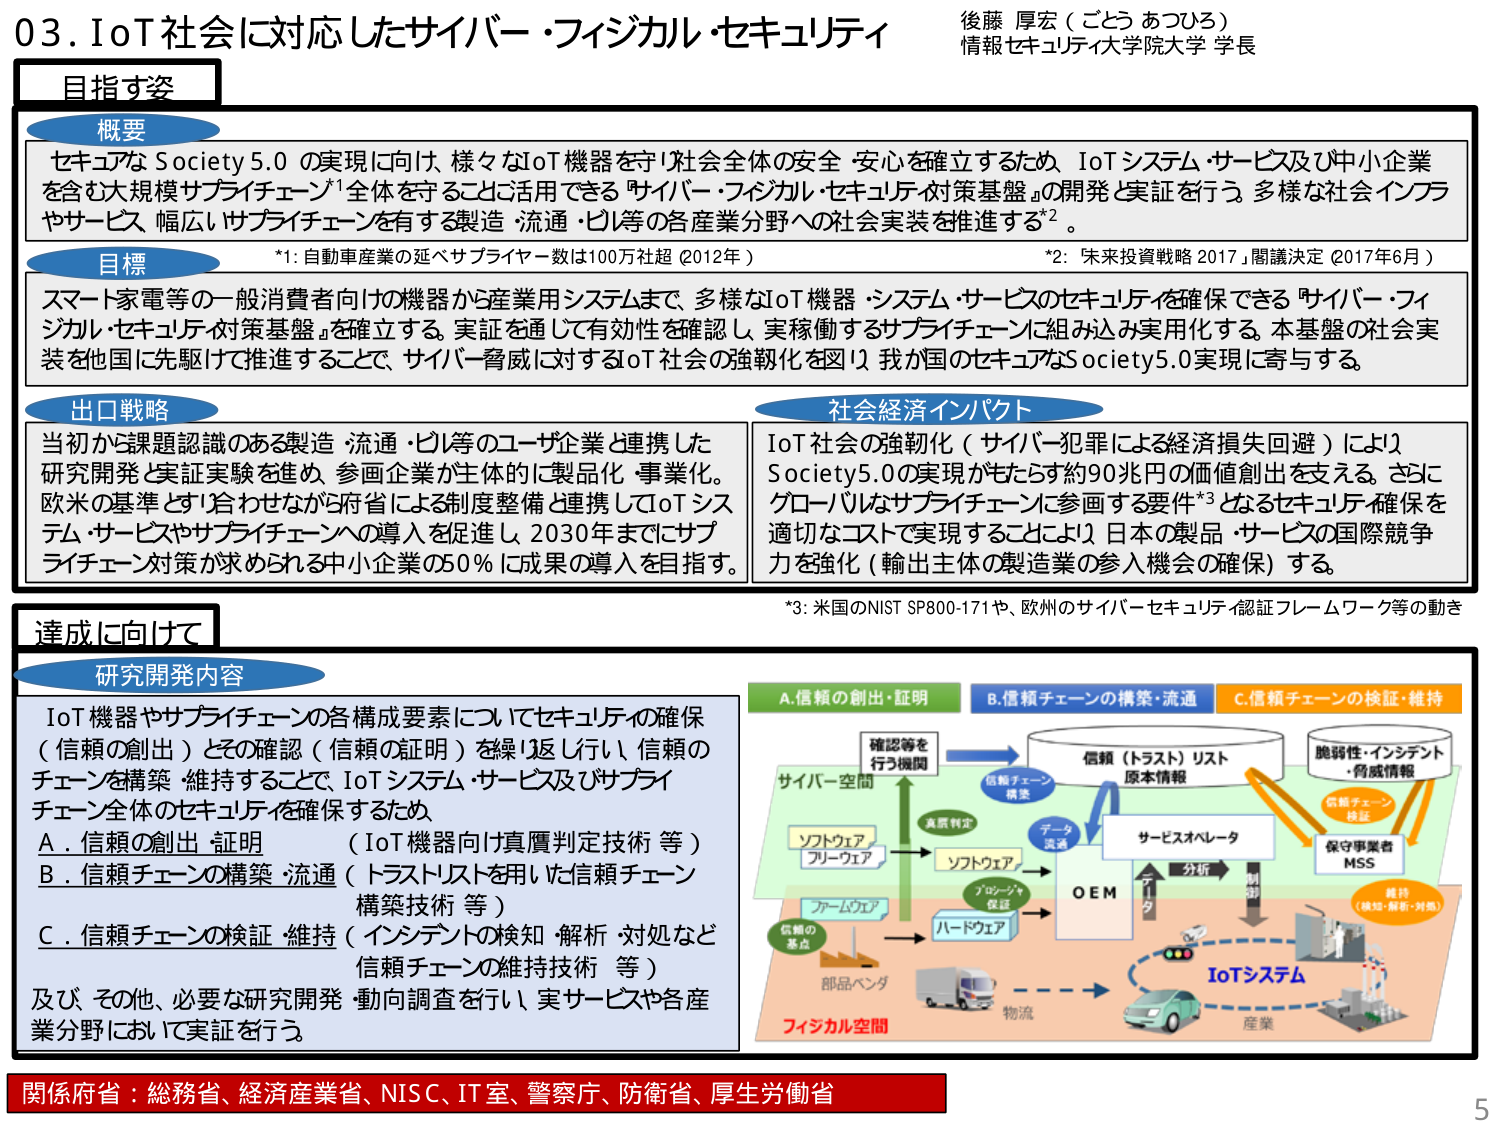
03. IoT社会に対応したサイバー・フィジカル・セキュリティ
後藤 厚宏（ごとう あつひろ）
情報セキュリティ大学院大学 学長

目指す姿

概要
セキュアな Society 5.0 の実現に向け、様々なIoT機器を守り社会全体の安全・安心を確立するため、IoTシステム・サービス及び中小企業を含む大規模サプライチェーン*1全体を守ることに活用できる『サイバー・フィジカル・セキュリティ対策基盤』の開発と実証を行う。多様な社会インフラやサービス、幅広いサプライチェーンを有する製造・流通・ビリ等の各産業分野への社会実装を推進する*2。

*1: 自動車産業の延べサプライヤー数は100万社超（2012年）
*2: 『未来投資戦略 2017』閣議決定（2017年6月）

目標
スマート家電等の一般消費者向けの機器から産業用システムまで、多様なIoT機器・システム・サービスのセキュリティを確保できる『サイバー・フィジカル・セキュリティ対策基盤』を確立する。実証を通じて有効性を確認し、実績値するサプライチェーンに組み込み実用化する。基本盤の社会実装を他国に先駆けて推進することで、サイバー脅威に対するIoT社会の強靭化を図り、我が国のセキュアなSociety5.0実現に寄与する。

出口戦略
当初から課題認識のある製造・流通・ビリ等のユーザ企業と連携した研究開発と実証実験を進め、参画企業が主体的に製品化・事業化。欧米の基準とすり合わせながら府省による制度整備と連携してIoTシステム・サービスやサプライチェーンへの導入を促進し、2030年までにサプライチェーン対策が求められる中小企業の50％に成果の導入を目指す。

社会経済インパクト
IoT社会の強靭化（サイバー犯罪による経済損失回避）により、Society5.0の実現がもたらす約90兆円の価値創出を支える。さらに、グローバルなサプライチェーンに参画する要件*3となるセキュリティ確保を適切なコストで実現することにより、日本の製品・サービスの国際競争力を強化（輸出主体の製造業の参入機会の確保）する。

*3: 米国のNIST SP800-171や、欧州のサイバーセキュリティ認証フレームワーク等の動き

達成に向けて

研究開発内容
IoT機器やサプライチェーンの各構成要素についてセキュリティの確保（信頼の創出）とその確認（信頼の証明）を繰り返し行い、信頼のチェーンを構築・維持することで、IoTシステム・サービス及びサプライチェーン全体のセキュリティを確保するため、
A．信頼の創出・証明 （IoT機器向け真贋判定技術 等）
B．信頼チェーンの構築・流通（トラストリストを用いた信頼チェーン構築技術 等）
C．信頼チェーンの検証・維持（インシデントの検知・解析・対処など、信頼チェーンの維持技術 等）
及び、その他、必要な研究開発・動向調査を行い、実サービスや各産業分野において実証を行う。

A. 信頼の創出・証明
B. 信頼チェーンの構築・流通
C. 信頼チェーンの検証・維持

（図解）
サイバー空間
→ 確認等を行う機関
→ 信頼チェーン構築
→ 信頼（トラスト）リスト
→ 原本情報
→ データ流通
→ サービスオペレータ
→ 分析
→ 制御
→ 保守事業者 MSS
→ 脆弱性・インシデント・脅威情報
→ 信頼チェーン検証
→ 維持（検知・解析・対処）

ソフトウェア
→ プリウエア
→ ソフトウェア
→ プロジェクト保証
→ ハードウェア
→ ファームウェア
→ 信頼の基点
→ 部品ベンダ
→ フィジカル空間
→ 物流
→ IoTシステム
→ 産業

関係府省：総務省、経済産業省、NISC、IT室、警察庁、防衛省、厚生労働省

5